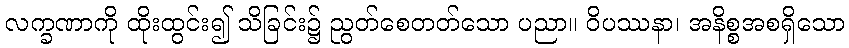
လက္ခဏာကို ထိုးထွင်း၍ သိခြင်း၌ ညွတ်စေတတ်သော ပညာ။ ဝိပဿနာ၊ အနိစ္စအစရှိသော